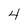
Character: 4